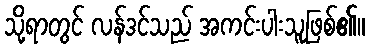
သို့ရာတွင် လန်ဒင်သည် အကင်းပါးသူဖြစ်၏။